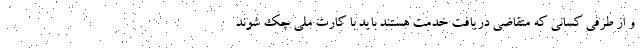
و از طرفی کسانی که متقاضی دریافت خدمت هستند باید با کارت ملی چک شوند